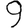
Digit: 9